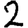
Digit: 2